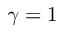
\gamma = 1